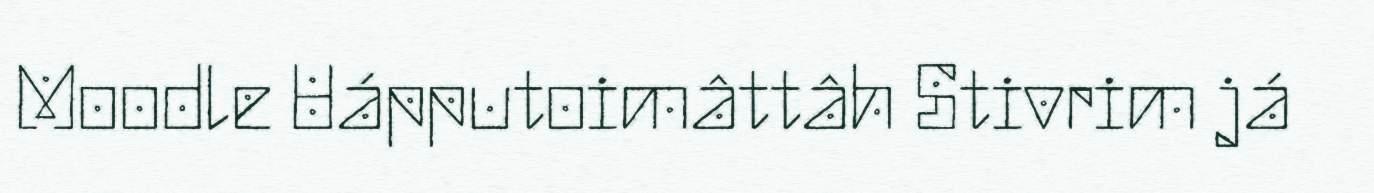
Moodle Uápputoimâttâh Stivrim já